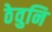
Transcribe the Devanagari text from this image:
ठेवुनि